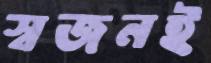
স্বজনই